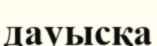
дауысқа